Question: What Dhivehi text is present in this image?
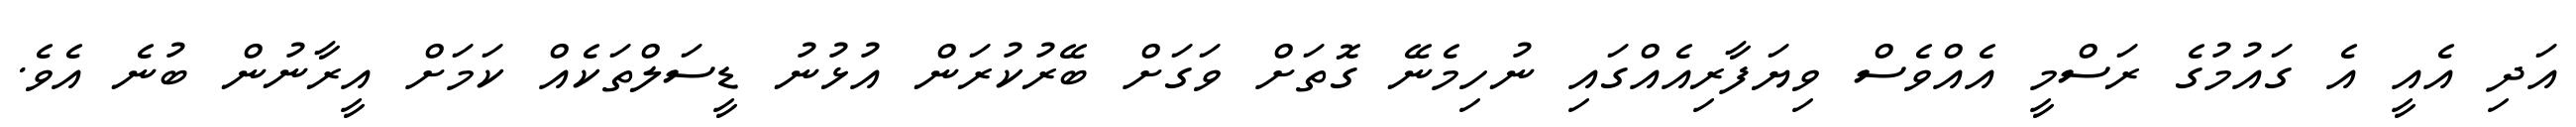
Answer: އަދި އެއީ އެ ގައުމުގެ ރަސްމީ އެއްވެސް ވިޔަފާރިއެއްގައި ނުހިމެނޭ ގޮތަށް ވަގަށް ބޭރުކުރަން އުޅުނު ޑީސަލްތަކެއް ކަމަށް އީރާނުން ބުނެ އެވެ.